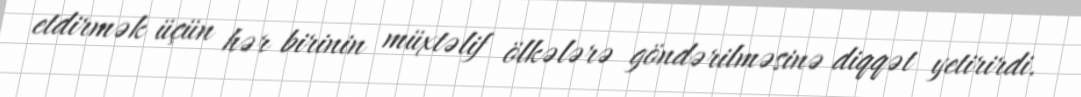
etdirmək üçün hər birinin müxtəlif ölkələrə göndərilməsinə diqqət yetirirdi.